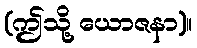
(ဤသို့ ယောဇနာ)။